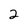
Character: 2